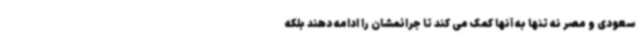
سعودی و مصر نه تنها به آنها کمک می کند تا جرائمشان را ادامه دهند بلکه